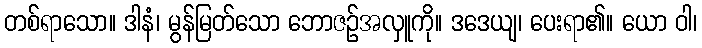
တစ်ရာသော။ ဒါနံ၊ မွန်မြတ်သော ဘောဇဉ်အလှူကို။ ဒဒေယျ၊ ပေးရာ၏။ ယော ဝါ၊